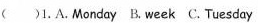
()1.A.Monday B.week C.Tuesday